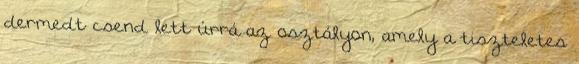
dermedt csend lett úrrá az osztályon, amely a tiszteletes